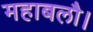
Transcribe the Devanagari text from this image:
महाबलौ।